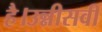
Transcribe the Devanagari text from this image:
है।उन्नीसवीं